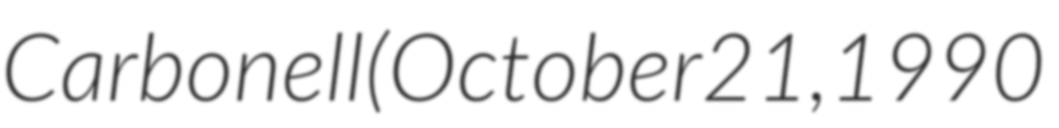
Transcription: Carbonell (October 21, 1990